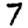
Digit: 7